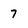
Character: 7